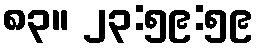
၈၃။ ၂၃:၅၉:၅၉